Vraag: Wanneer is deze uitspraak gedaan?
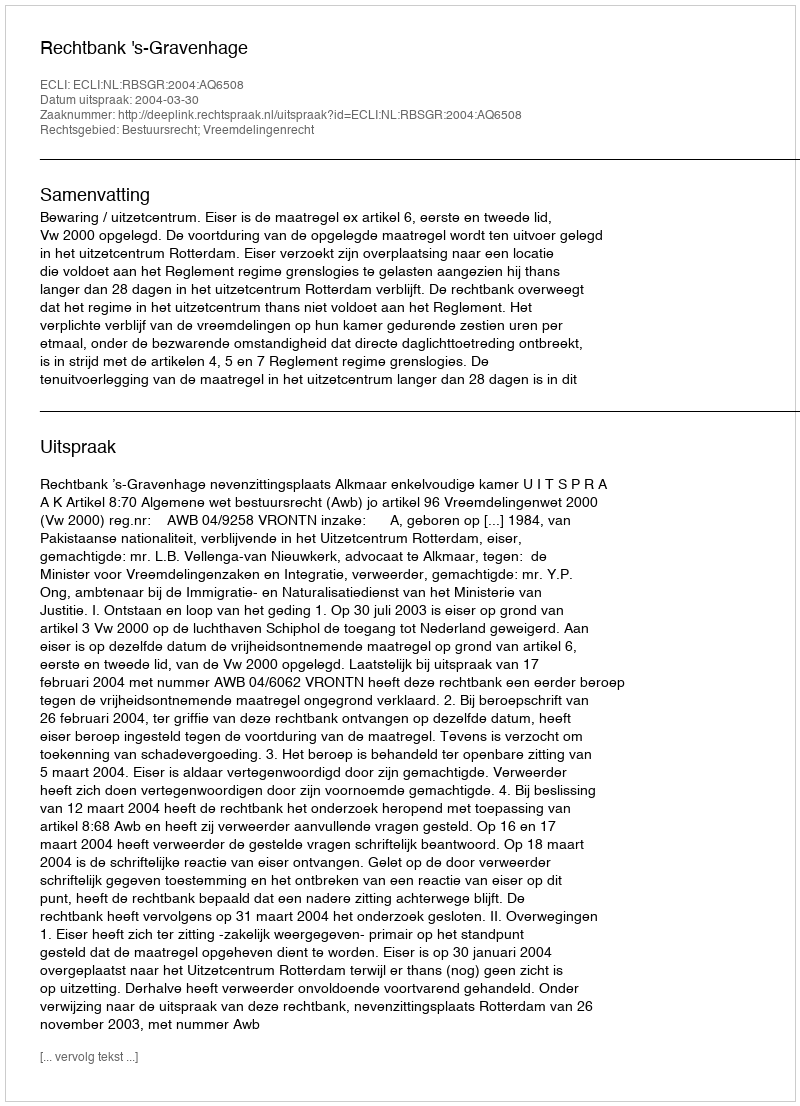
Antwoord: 2004-03-30